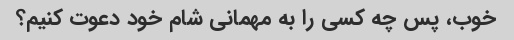
خوب، پس چه کسی را به مهمانی شام خود دعوت کنیم؟